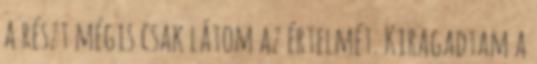
a részt mégis csak látom az értelmét. Kiragadtam a